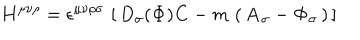
{ \bf H } ^ { \mu \nu \rho } = \epsilon ^ { \mu \nu \rho \sigma } \, \left[ \, D _ { \sigma } ( { \bf \Phi } ) { \bf C } - m \, \left( \, { \bf A } _ { \sigma } - { \bf \Phi } _ { \sigma } \, \right) \, \right]